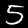
Label: 5